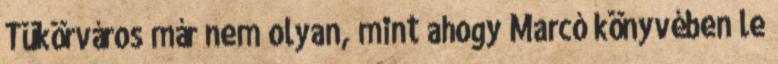
Tükörváros már nem olyan, mint ahogy Marcó könyvében le